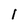
Character: l